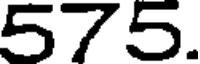
575.